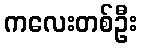
ကလေးတစ်ဦး